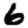
Digit: 6